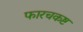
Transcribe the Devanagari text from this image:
फारचकष्ट